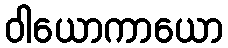
ဝါယောကာယော